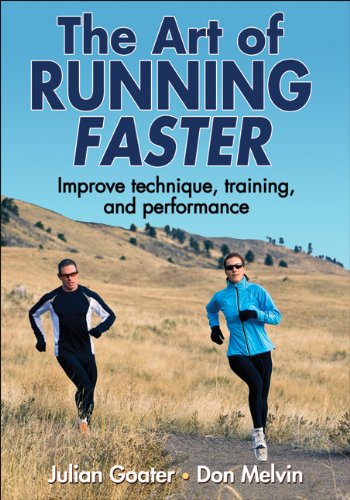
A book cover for Art of Running Faster, The; Julian Goater; Sports & Outdoors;